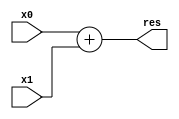
module Adder(
	input [31:0] x0, x1,
	output [31:0] res
);
	assign res = x0 + x1;
endmodule